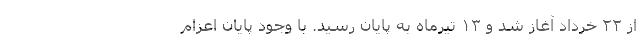
از ۲۲ خرداد آغاز شد و ۱۳ تیرماه به پایان رسید. با وجود پایان اعزام